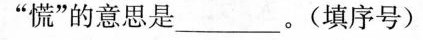
”慌”的意思是___。(填序号)